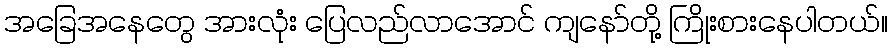
အခြေအနေတွေ အားလုံး ပြေလည်လာအောင် ကျနော်တို့ ကြိုးစားနေပါတယ်။